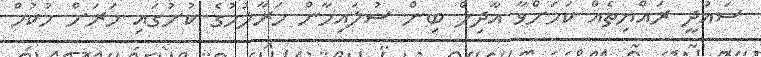
ސައުދީ ރައްޔިތެއް ކަމަށްވާ އާދިލް ބިން ސުލައިމާން މަރާލުމުގެ ކުށުގައި މަރަށް ހުކުމް